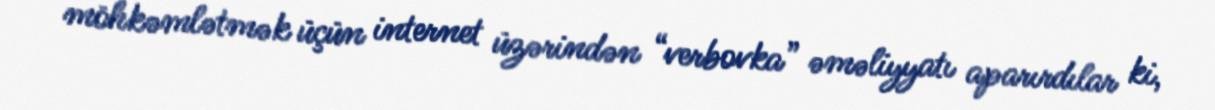
möhkəmlətmək üçün internet üzərindən “verbovka” əməliyyatı aparırdılar ki,